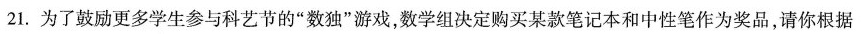
21.为了鼓励更多学生参与科艺节的”数独”游戏，数学组决定购买某款笔记本和中性笔作为奖品，请你根据